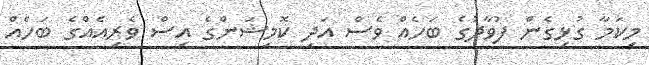
މިކަމާ ގުޅިގެން ފުވާދުގެ ބަހެއް ވެސް އަދި ކޮމިޝަންގެ އިސް ވެރިއެއްގެ ބަހެއް